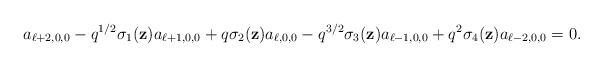
LaTeX: \begin{align*}a_{\ell+2,0,0}-{q}^{1/2}\sigma_1(\textbf{z})a_{\ell+1,0,0}+q\sigma_2(\textbf{z})a_{\ell,0,0}-q^{3/2}\sigma_3(\textbf{z})a_{\ell-1,0,0}+q^2\sigma_4(\textbf{z})a_{\ell-2,0,0}=0.\end{align*}